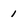
Character: 1